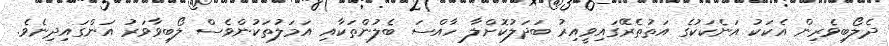
ދެލޯބިވެރިން އެކަކު އަނެކަކުގެ އަތުތެރޭގައިވީއިރު ބަދަލުކޮށްލާ ހާއްސަ ބެލުންތަކާއި އަމަލުތަކުންވެސް ލޯބިވާވަރު އަންގައިދިނެވެ.